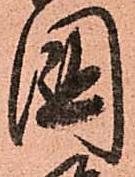
國